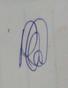
Signature authenticity: genuine